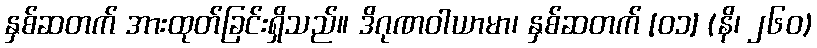
နှစ်ဆတက် အားထုတ်ခြင်းရှိသည်။ ဒိဂုဏဝါယာမာ၊ နှစ်ဆတက် [၀၁] (နိ၊ ၂၆၀)